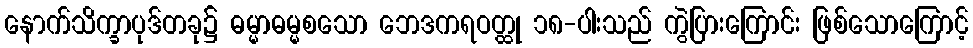
နောက်သိက္ခာပုဒ်တခု၌ ဓမ္မာဓမ္မစသော ဘေဒကရဝတ္ထု ၁၈-ပါးသည် ကွဲပြားကြောင်း ဖြစ်သောကြောင့်